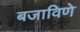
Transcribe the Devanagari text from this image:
बजाविणे